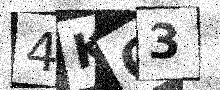
Text: 4KG3